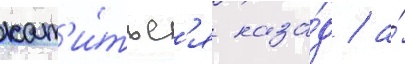
кат'и́тьс'я наза́д / а́